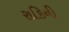
રાકિની